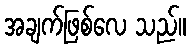
အချက်ဖြစ်လေ သည်။